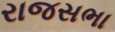
રાજસભા